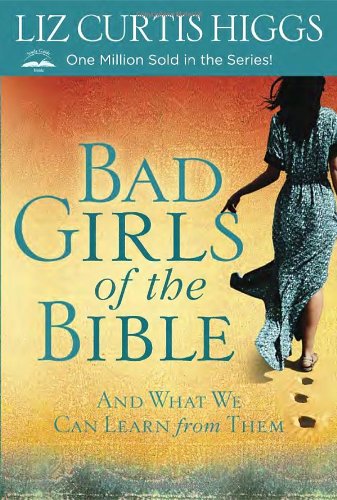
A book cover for Bad Girls of the Bible: And What We Can Learn from Them; Liz Curtis Higgs; Christian Books & Bibles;